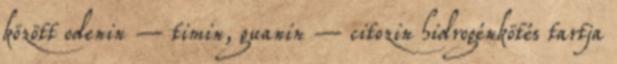
között odenin – timin, guanin – citozin hidrogénkötés tartja